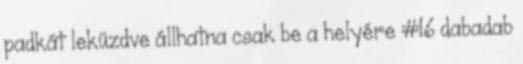
padkát leküzdve állhatna csak be a helyére #16 dabadab